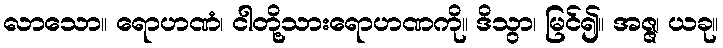
လာသော။ ရောဟဏံ၊ ငါတို့သားရောဟဏကို။ ဒိသွာ၊ မြင်၍။ အဇ္ဇ၊ ယခု။